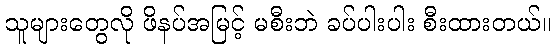
သူများတွေလို ဖိနပ်အမြင့် မစီးဘဲ ခပ်ပါးပါး စီးထားတယ်။